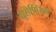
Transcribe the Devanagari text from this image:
यूरोपियिन